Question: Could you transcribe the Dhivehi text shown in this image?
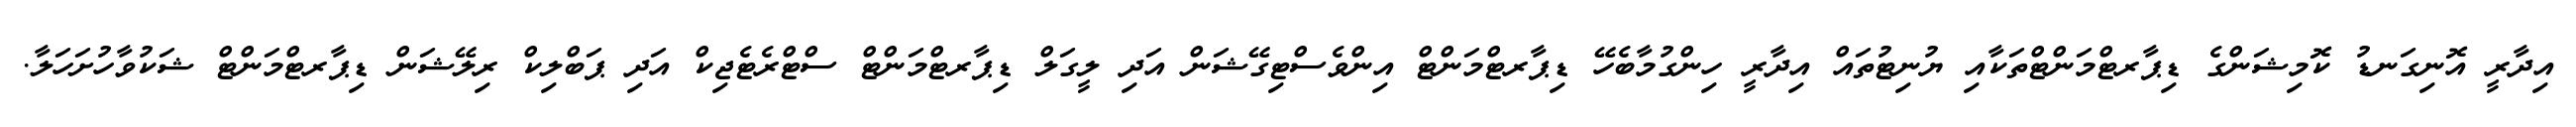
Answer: އިދާރީ އޮނިގަނޑު ކޮމިޝަންގެ ޑިޕާރޓްމަންޓްތަކާއި ޔުނިޓުތައް އިދާރީ ހިންގުމާބެހޭ ޑިޕާރޓްމަންޓް އިންވެސްޓިގޭޝަން އަދި ލީގަލް ޑިޕާރޓްމަންޓް ސްޓްރެޓެޖިކް އަދި ޕަބްލިކް ރިލޭޝަން ޑިޕާރޓްމަންޓް ޝަކުވާހުށަހަލާ.